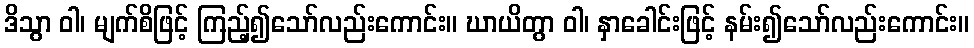
ဒိသွာ ဝါ၊ မျက်စိဖြင့် ကြည့်၍သော်လည်းကောင်း။ ဃာယိတွာ ဝါ၊ နှာခေါင်းဖြင့် နမ်း၍သော်လည်းကောင်း။